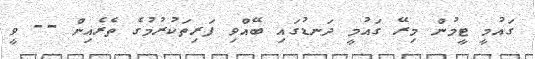
ގައުމީ ޓީމުން މިރޭ ގައުމީ ދަނޑުގައި ބޭއްވި ފަރިތަކުރުމުގެ ތެރެއިން -- ވީ